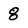
Character: 8